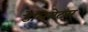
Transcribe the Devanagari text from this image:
डेलिगेट्स